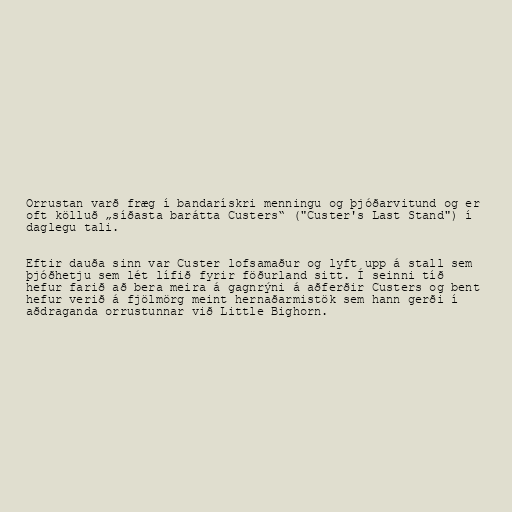
Orrustan varð fræg í bandarískri menningu og þjóðarvitund og er
oft kölluð „síðasta barátta Custers“ ("Custer's Last Stand") í
daglegu tali.

Eftir dauða sinn var Custer lofsamaður og lyft upp á stall sem
þjóðhetju sem lét lífið fyrir föðurland sitt. Í seinni tíð
hefur farið að bera meira á gagnrýni á aðferðir Custers og bent
hefur verið á fjölmörg meint hernaðarmistök sem hann gerði í
aðdraganda orrustunnar við Little Bighorn.